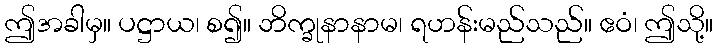
ဤအခါမှ။ ပဋ္ဌာယ၊ စ၍။ ဘိက္ခုနာနာမ၊ ရဟန်းမည်သည်။ ဧဝံ၊ ဤသို့။